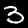
Label: 3